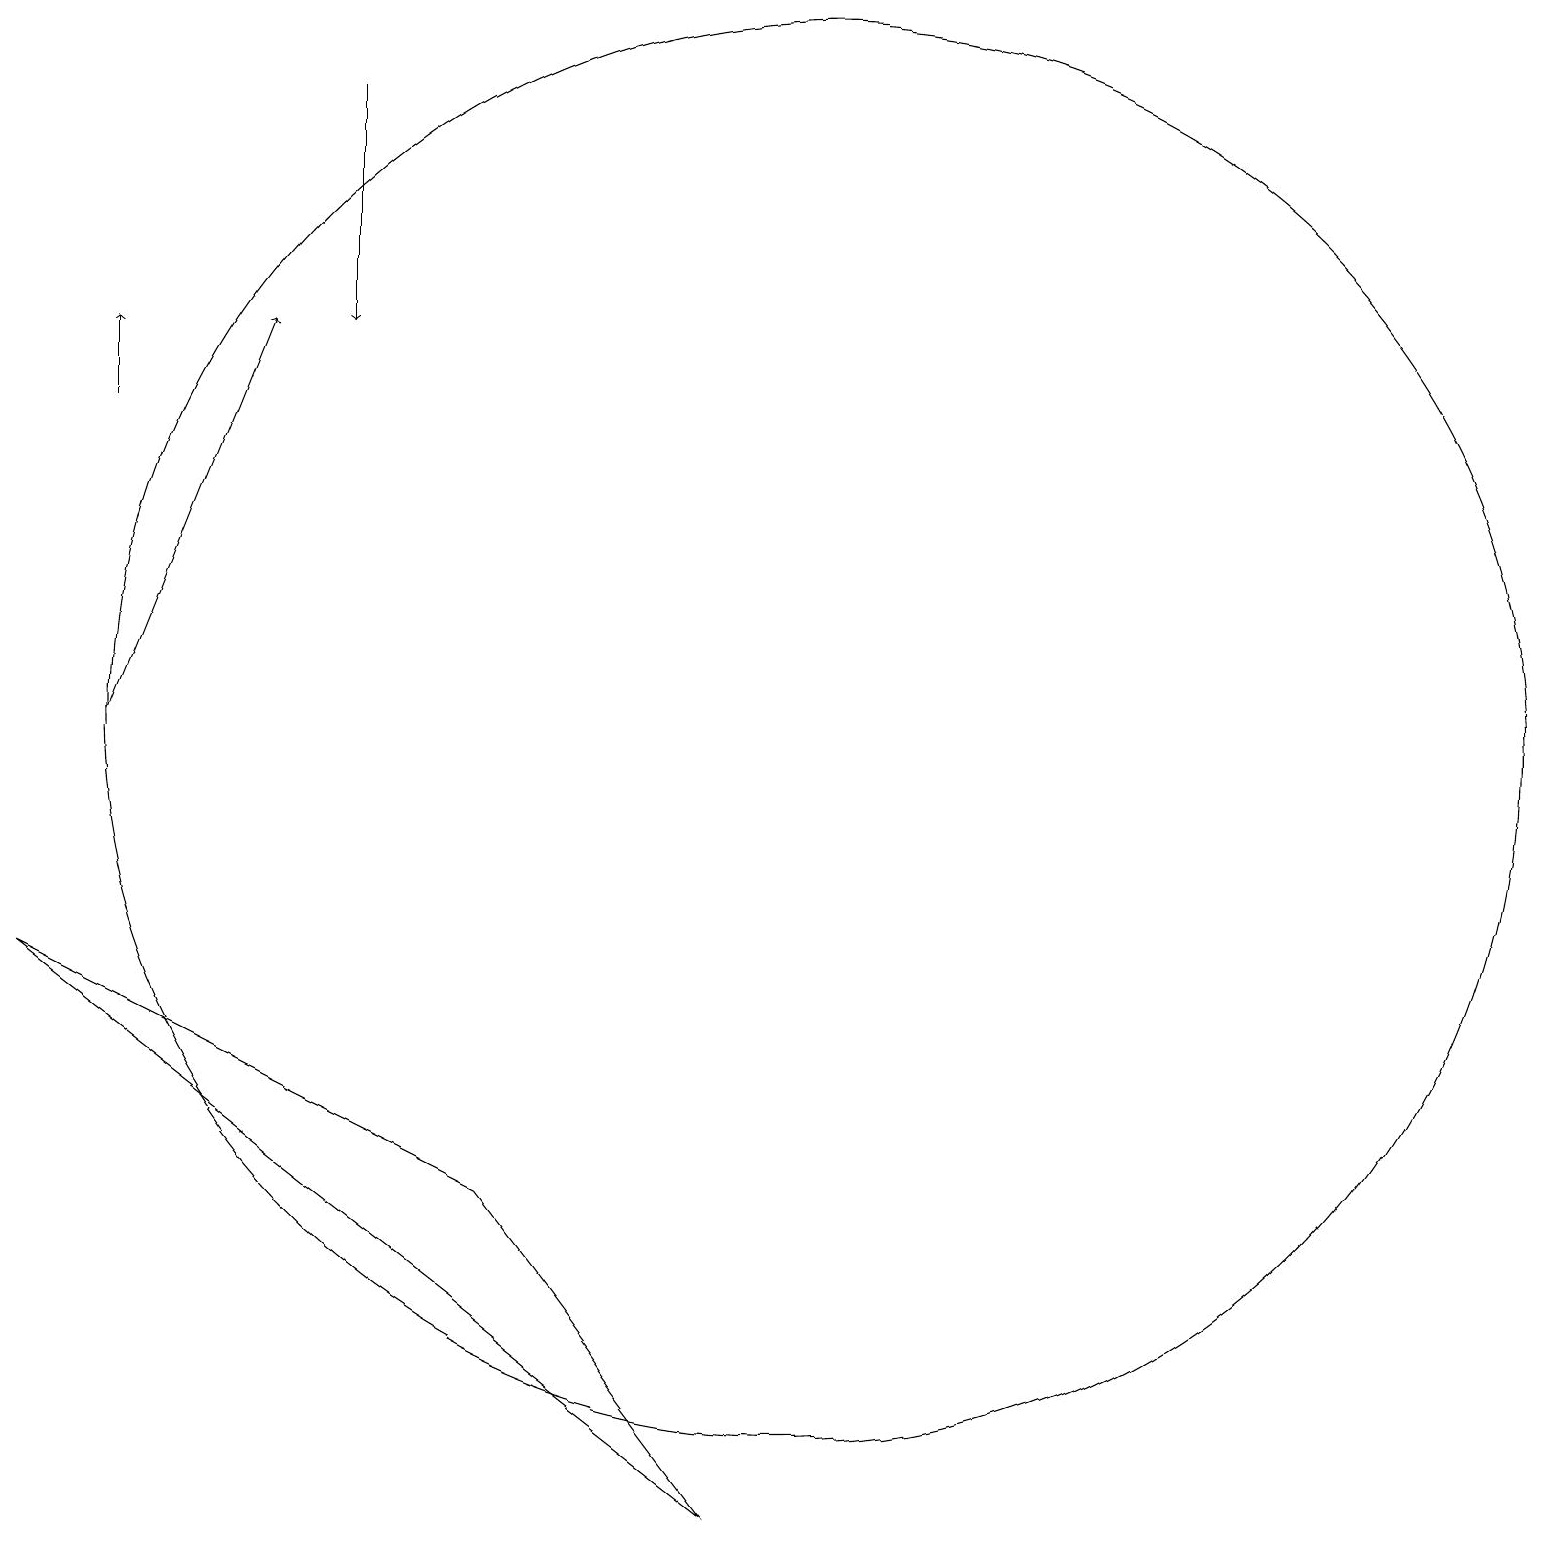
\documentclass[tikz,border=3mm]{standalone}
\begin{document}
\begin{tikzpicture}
\draw[->] (1,14) -- (1,15);
\draw (6,4) -- (0,7) -- (9,0) -- cycle;
\draw[->] (4,18) -- (4,15);
\draw (10,10) circle (9);
\draw[->] (1,10) -- (3,15);
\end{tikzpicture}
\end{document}